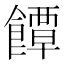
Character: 𮩐